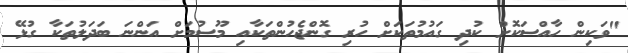
"ވަކިން ހާއްސަކޮށް ކުދި ގައުމުތަކަށް ހުރި ގޮންޖެހުންތަކާއި މޫސުމަށް އަންނަ ބަދަލުތަކާ ގުޅޭ